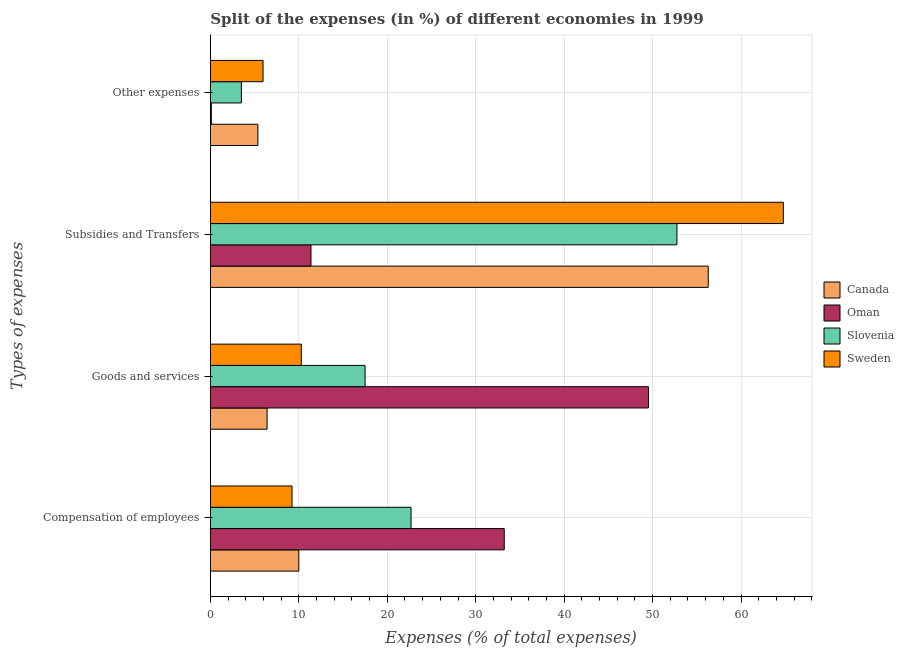
| Types of expenses | Canada | Oman | Slovenia | Sweden |
 | --- | --- | --- | --- | --- |
 | Compensation of employees | 10 | 33.2 | 22.7 | 9.23 |
 | Goods and services | 6.41 | 49.5 | 17.5 | 10.3 |
 | Subsidies and Transfers | 56.3 | 11.4 | 52.8 | 64.8 |
 | Other expenses | 5.37 | 0.105 | 3.5 | 5.95 |